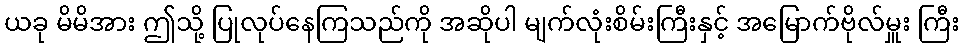
ယခု မိမိအား ဤသို့ ပြုလုပ်နေကြသည်ကို အဆိုပါ မျက်လုံးစိမ်းကြီးနှင့် အမြောက်ဗိုလ်မှူး ကြီး